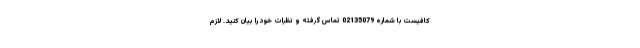
کافیست با شماره 02135079 تماس گرفته و نظرات خود را بیان کنید. لازم